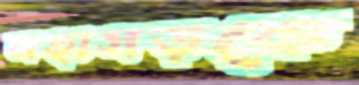
মহাসড়কে